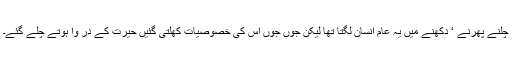
چلنے پھرنے ‘ دِکھنے میں یہ عام انسان لگتا تھا لیکن جوں جوں اس کی خصوصیات کھلتی گئیں حیرت کے در وا ہوتے چلے گئے۔